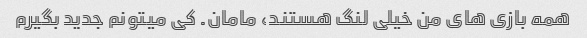
همه بازی های من خیلی لنگ هستند، مامان. کی میتونم جدید بگیرم